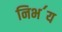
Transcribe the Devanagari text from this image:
निभ॔य